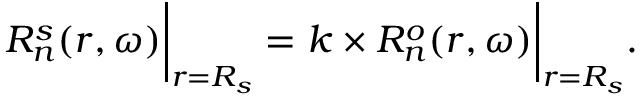
R _ { n } ^ { s } ( r , \omega ) \bigg | _ { r = R _ { s } } = k \times R _ { n } ^ { o } ( r , \omega ) \bigg | _ { r = R _ { s } } .